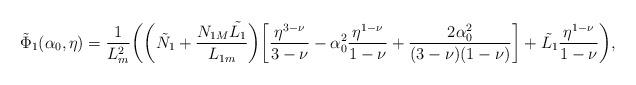
LaTeX: \begin{align*}\Tilde{\Phi}_1(\alpha_0,\eta)=\dfrac{1}{L_m^2}\bigg(\bigg(\tilde{N_1}+\frac{N_{1M}\tilde{L_1}}{L_{1m}}\bigg)\bigg[\frac{\eta^{3-\nu}}{3-\nu}-\alpha_0^2\dfrac{\eta^{1-\nu}}{1-\nu}+\frac{2\alpha_0^2}{(3-\nu)(1-\nu)}\bigg]+\tilde{L_1}\frac{\eta^{1-\nu}}{1-\nu}\bigg),\end{align*}